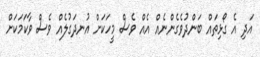
އަދި އެ ގޯޅިތައް ބަންދުވެގެންނެއް އެއް ވެސް މީހަކަށް އުނދަގުލެއް ވެސް ވާކަމަކަށް